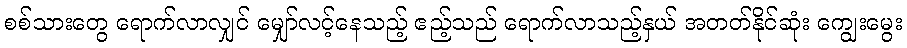
စစ်သားတွေ ရောက်လာလျှင် မျှော်လင့်နေသည့် ဧည့်သည် ရောက်လာသည့်နှယ် အတတ်နိုင်ဆုံး ကျွေးမွေး